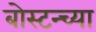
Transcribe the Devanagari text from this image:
बोस्टन्च्या